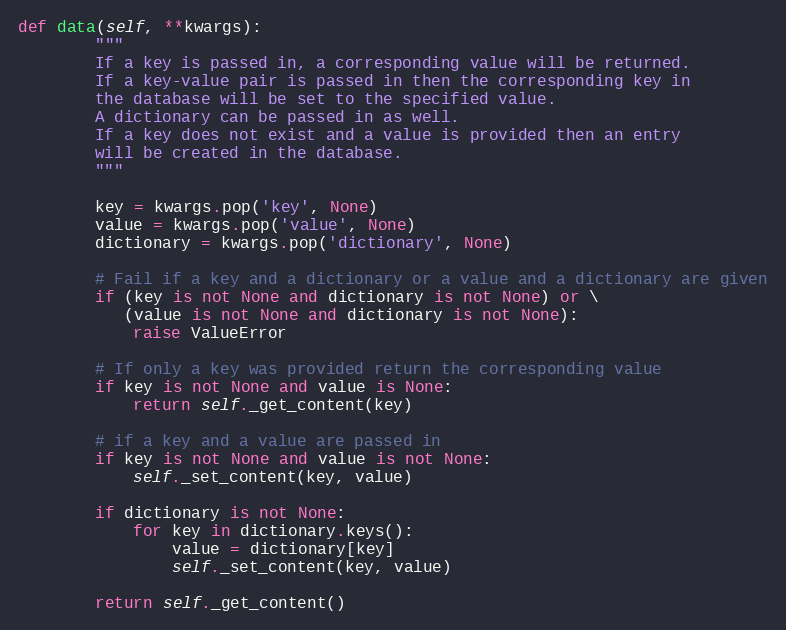
Language: Python
def data(self, **kwargs):
        """
        If a key is passed in, a corresponding value will be returned.
        If a key-value pair is passed in then the corresponding key in
        the database will be set to the specified value.
        A dictionary can be passed in as well.
        If a key does not exist and a value is provided then an entry
        will be created in the database.
        """

        key = kwargs.pop('key', None)
        value = kwargs.pop('value', None)
        dictionary = kwargs.pop('dictionary', None)

        # Fail if a key and a dictionary or a value and a dictionary are given
        if (key is not None and dictionary is not None) or \
           (value is not None and dictionary is not None):
            raise ValueError

        # If only a key was provided return the corresponding value
        if key is not None and value is None:
            return self._get_content(key)

        # if a key and a value are passed in
        if key is not None and value is not None:
            self._set_content(key, value)

        if dictionary is not None:
            for key in dictionary.keys():
                value = dictionary[key]
                self._set_content(key, value)

        return self._get_content()